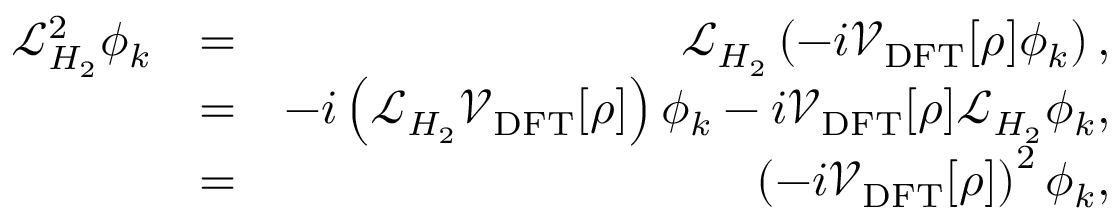
\begin{array} { r l r } { \mathcal { L } _ { H _ { 2 } } ^ { 2 } \phi _ { k } } & { = } & { \mathcal { L } _ { H _ { 2 } } \left( - i \mathcal { V } _ { \mathrm { D F T } } [ \rho ] \phi _ { k } \right) , } \\ & { = } & { - i \left( \mathcal { L } _ { H _ { 2 } } \mathcal { V } _ { \mathrm { D F T } } [ \rho ] \right) \phi _ { k } - i \mathcal { V } _ { \mathrm { D F T } } [ \rho ] \mathcal { L } _ { H _ { 2 } } \phi _ { k } , } \\ & { = } & { \left( - i \mathcal { V } _ { \mathrm { D F T } } [ \rho ] \right) ^ { 2 } \phi _ { k } , } \end{array}